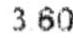
3.60